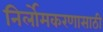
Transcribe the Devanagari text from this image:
निर्लोमकरणासाठी